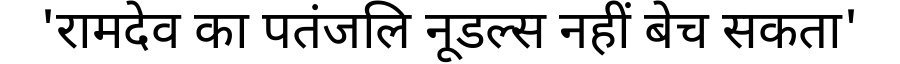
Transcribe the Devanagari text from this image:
'रामदेव का पतंजलि नूडल्स नहीं बेच सकता'